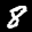
Label: 8